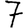
Digit: 7